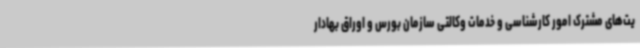
یت‌های مشترک امور کارشناسی و خدمات وکالتی سازمان بورس و اوراق بهادار